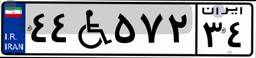
۵۹W۱۰۲۳۵